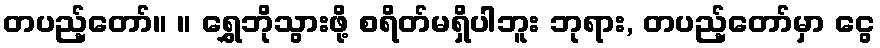
တပည့်တော်။ ။ ရွှေဘိုသွားဖို့ စရိတ်မရှိပါဘူး ဘုရား, တပည့်တော်မှာ ငွေ